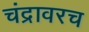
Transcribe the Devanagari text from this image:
चंद्रावरच